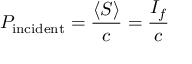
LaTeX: P _ { \mathrm { i n c i d e n t } } = { \frac { \langle S \rangle } { c } } = { \frac { I _ { f } } { c } }